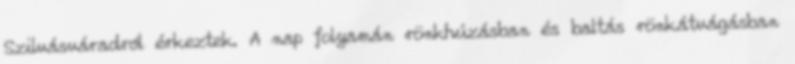
Szilvásváradról érkeztek. A nap folyamán rönk­húzásban és baltás rönkátvágásban